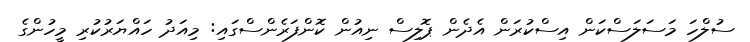
ސުލްހަ މަސަލަސްކަން އިސްކުރަން އެދެން ޕޮލިސް ނިއުން ކޮންފަރެންސްގައި: މިއަދު ހައްޔަރުކުރި މީހުންގެ